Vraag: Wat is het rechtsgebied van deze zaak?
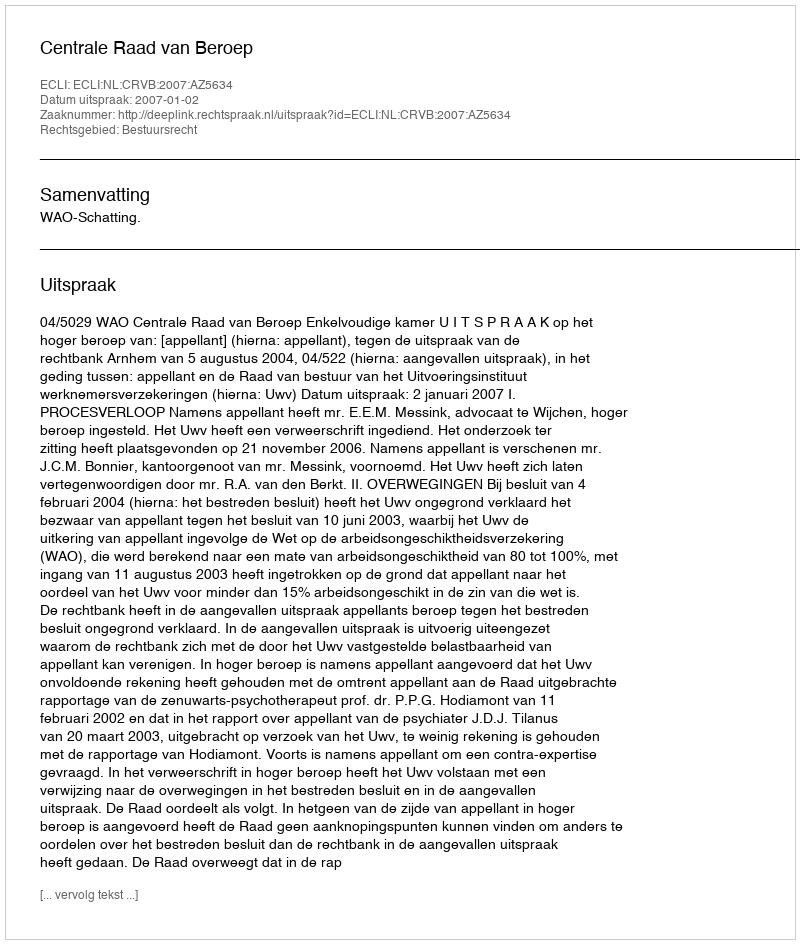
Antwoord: Bestuursrecht